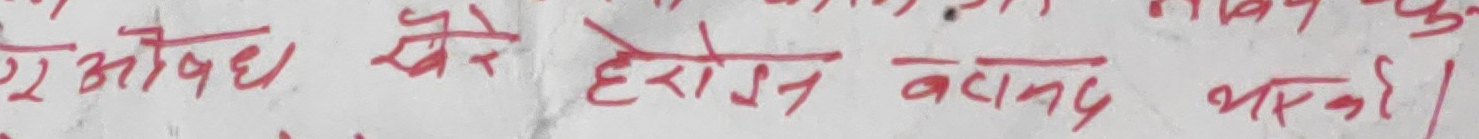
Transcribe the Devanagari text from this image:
रे औषध खैरे हेरोइन बचना भरको।